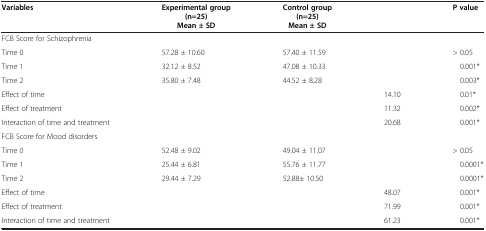
| Variables | Experimental group (n=25) Mean ± SD | Control group (n=25) Mean ± SD |  | P value |
 | --- | --- | --- | --- | --- |
 | <COLSPAN=5> FCB Score for Schizophrenia |
 | Time 0 | 57.28 ± 10.60 | 57.40 ± 11.59 |  | > 0.05 |
 | Time 1 | 32.12 ± 8.52 | 47.08 ± 10.33 |  | 0.001* |
 | Time 2 | 35.80 ± 7.48 | 44.52 ± 8.28 |  | 0.003* |
 | Effect of time |  |  | 14.10 | 0.01* |
 | Effect of treatment |  |  | 11.32 | 0.002* |
 | Interaction of time and treatment |  |  | 20.68 | 0.001* |
 | <COLSPAN=5> FCB Score for Mood disorders |
 | Time 0 | 52.48 ± 9.02 | 49.04 ± 11.07 |  | > 0.05 |
 | Time 1 | 25.44 ± 6.81 | 55.76 ± 11.77 |  | 0.0001* |
 | Time 2 | 29.44 ± 7.29 | 52.88± 10.50 |  | 0.0001* |
 | Effect of time |  |  | 48.07 | 0.001* |
 | Effect of treatment |  |  | 71.99 | 0.001* |
 | Interaction of time and treatment |  |  | 61.23 | 0.001* |